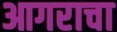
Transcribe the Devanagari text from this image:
आगराचा